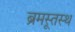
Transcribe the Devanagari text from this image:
ब्रूमस्तस्थ